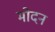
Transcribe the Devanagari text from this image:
मोदन